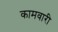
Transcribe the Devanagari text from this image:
कामवारी